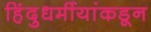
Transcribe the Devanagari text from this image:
हिंदुधर्मीयांकडून